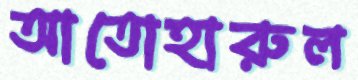
আতোহারুল